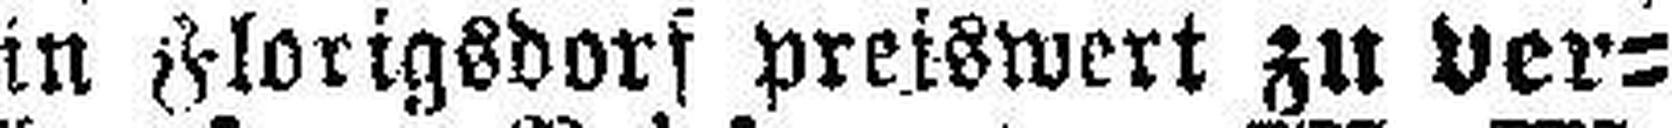
in Florigsdorf preiswert zu ver¬